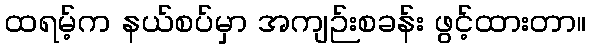
ထရမ့်က နယ်စပ်မှာ အကျဉ်းစခန်း ဖွင့်ထားတာ။